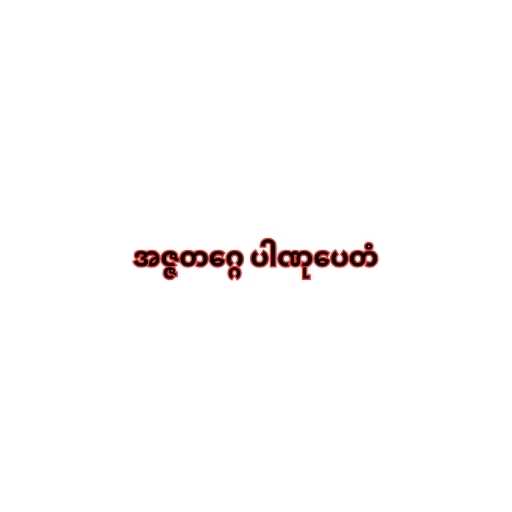
အဇ္ဇတဂ္ဂေ ပါဏုပေတံ